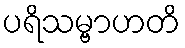
ပရိသမ္ဗာဟတိ